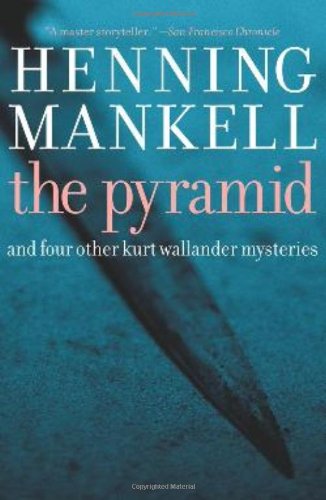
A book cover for Pyramid: And Four Other Kurt Wallander Mysteries; Henning Mankell; Mystery, Thriller & Suspense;